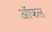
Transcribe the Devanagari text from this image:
ऑफल